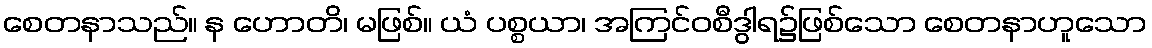
စေတနာသည်။ န ဟောတိ၊ မဖြစ်။ ယံ ပစ္စယာ၊ အကြင်ဝစီဒွါရ၌ဖြစ်သော စေတနာဟူသော